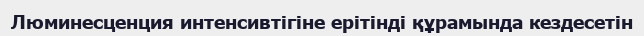
Люминесценция интенсивтігіне ерітінді құрамында кездесетін